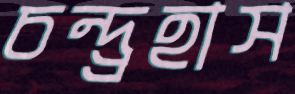
চন্দ্র্রহাস